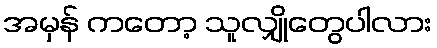
အမှန် ကတော့ သူလျှိုတွေပါလား